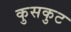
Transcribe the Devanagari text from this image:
कुसकुट